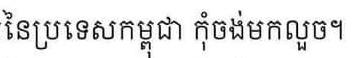
នៃប្រទេសកម្ពុជា កុំចង់មកលួច។